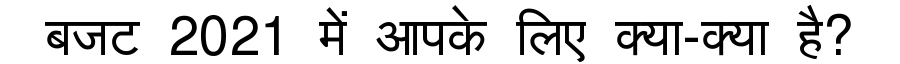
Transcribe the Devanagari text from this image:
बजट 2021 में आपके लिए क्या-क्या है?